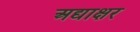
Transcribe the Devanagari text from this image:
अद्याक्षर